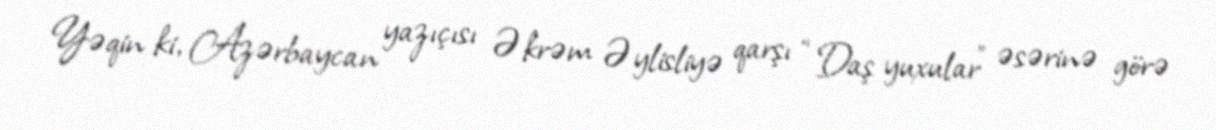
Yəqin ki, Azərbaycan yazıçısı Əkrəm Əylisliyə qarşı “Daş yuxular” əsərinə görə